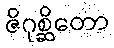
ဇိဂုစ္ဆိတော